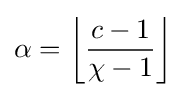
\alpha =\left\lfloor {\frac {c-1}{\chi -1}}\right\rfloor